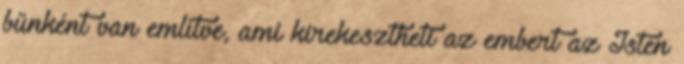
bűnként van említve, ami kirekesztheti az embert az Isten